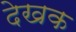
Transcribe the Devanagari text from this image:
देखक